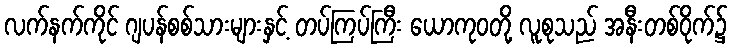
လက်နက်ကိုင် ဂျပန်စစ်သားများနှင့် တပ်ကြပ်ကြီး ယောကုဝတို့ လူစုသည် အနီးတစ်ဝိုက်၌